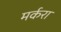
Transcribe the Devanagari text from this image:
मर्करा